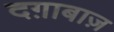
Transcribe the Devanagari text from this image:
दग़ाबाज़